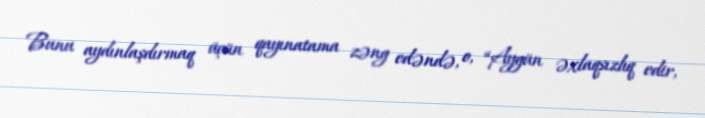
Bunu aydınlaşdırmaq üçün qayınatama zəng edəndə, o, “Aygün əxlaqsızlıq edir,